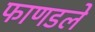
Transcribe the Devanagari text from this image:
फाणडले